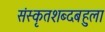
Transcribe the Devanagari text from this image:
संस्कृतशब्दबहुला